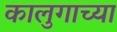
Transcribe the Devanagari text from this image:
कालुगाच्या